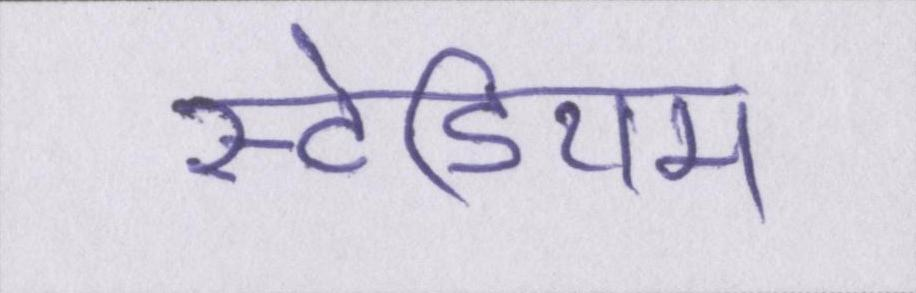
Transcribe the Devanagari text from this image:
स्टेडियम